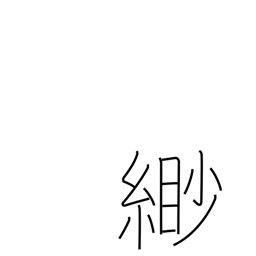
Meaning: faint